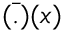
{ \bar { ( . ) } } ( x )